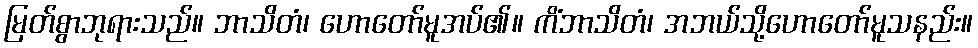
မြတ်စွာဘုရားသည်။ ဘာသိတံ၊ ဟောတော်မူအပ်၏။ ကိံဘာသိတံ၊ အဘယ်သို့ဟောတော်မူသနည်း။